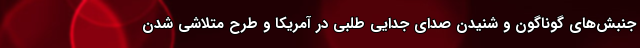
جنبش‌های گوناگون و شنیدن صدای جدایی طلبی در آمریکا و طرح متلاشی شدن